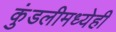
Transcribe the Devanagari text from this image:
कुंडलीमध्येही